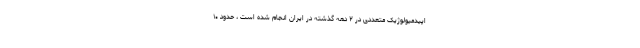
اپیدمیولوژیک متعددی در ۲ دهه گذشته در ایران انجام شده است ، حدود ۱۰